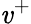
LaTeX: \mathit{v}^{+}